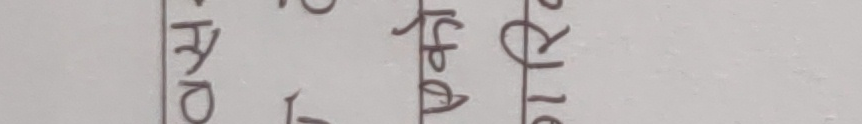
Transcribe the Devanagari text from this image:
१६ वैशाख, AD